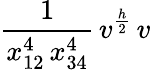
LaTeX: \frac{1}{x_{12}^{4}\, x_{34}^{4}}\, v^{\frac{h}{2}}\, v\,